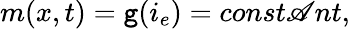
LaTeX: m(x,t)=\mathtt{g}(i_{e})=const\mathscr{A}nt,